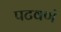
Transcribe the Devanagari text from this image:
पटवणं